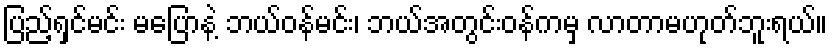
ပြည့်ရှင်မင်း မပြောနဲ့ ဘယ်ဝန်မင်း၊ ဘယ်အတွင်းဝန်ကမှ လာတာမဟုတ်ဘူးရယ်။